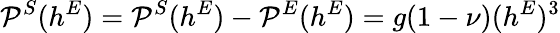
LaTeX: {\cal P}^{S}(h^{E})={\cal P}^{S}(h^{E})-{\cal P}^{E}(h^{E})=g(1-\nu)(h^{E})^{3}